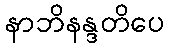
နာဘိနန္ဒတိပေ